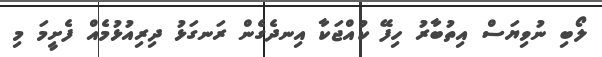
ލޯބި ނުވިޔަސް އިތުބާރު ހިފޭ ކުއްޖަކާ އިނދެގެން ރަނގަޅު ދިރިއުޅުމެއް ފެށީމަ މި